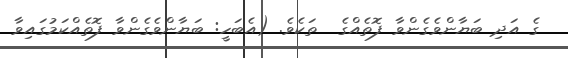
ގެ އަދި ބަޔާންވެގެންވާ ފޮތެއްގެ  ތަކެވެ. (އެބަހީ: ބަޔާންވެގެންވާ ފޮތެއްކަމުގައިވާ